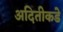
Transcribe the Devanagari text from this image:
अदितीकडे